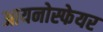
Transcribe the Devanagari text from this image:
आयनोस्फेयर